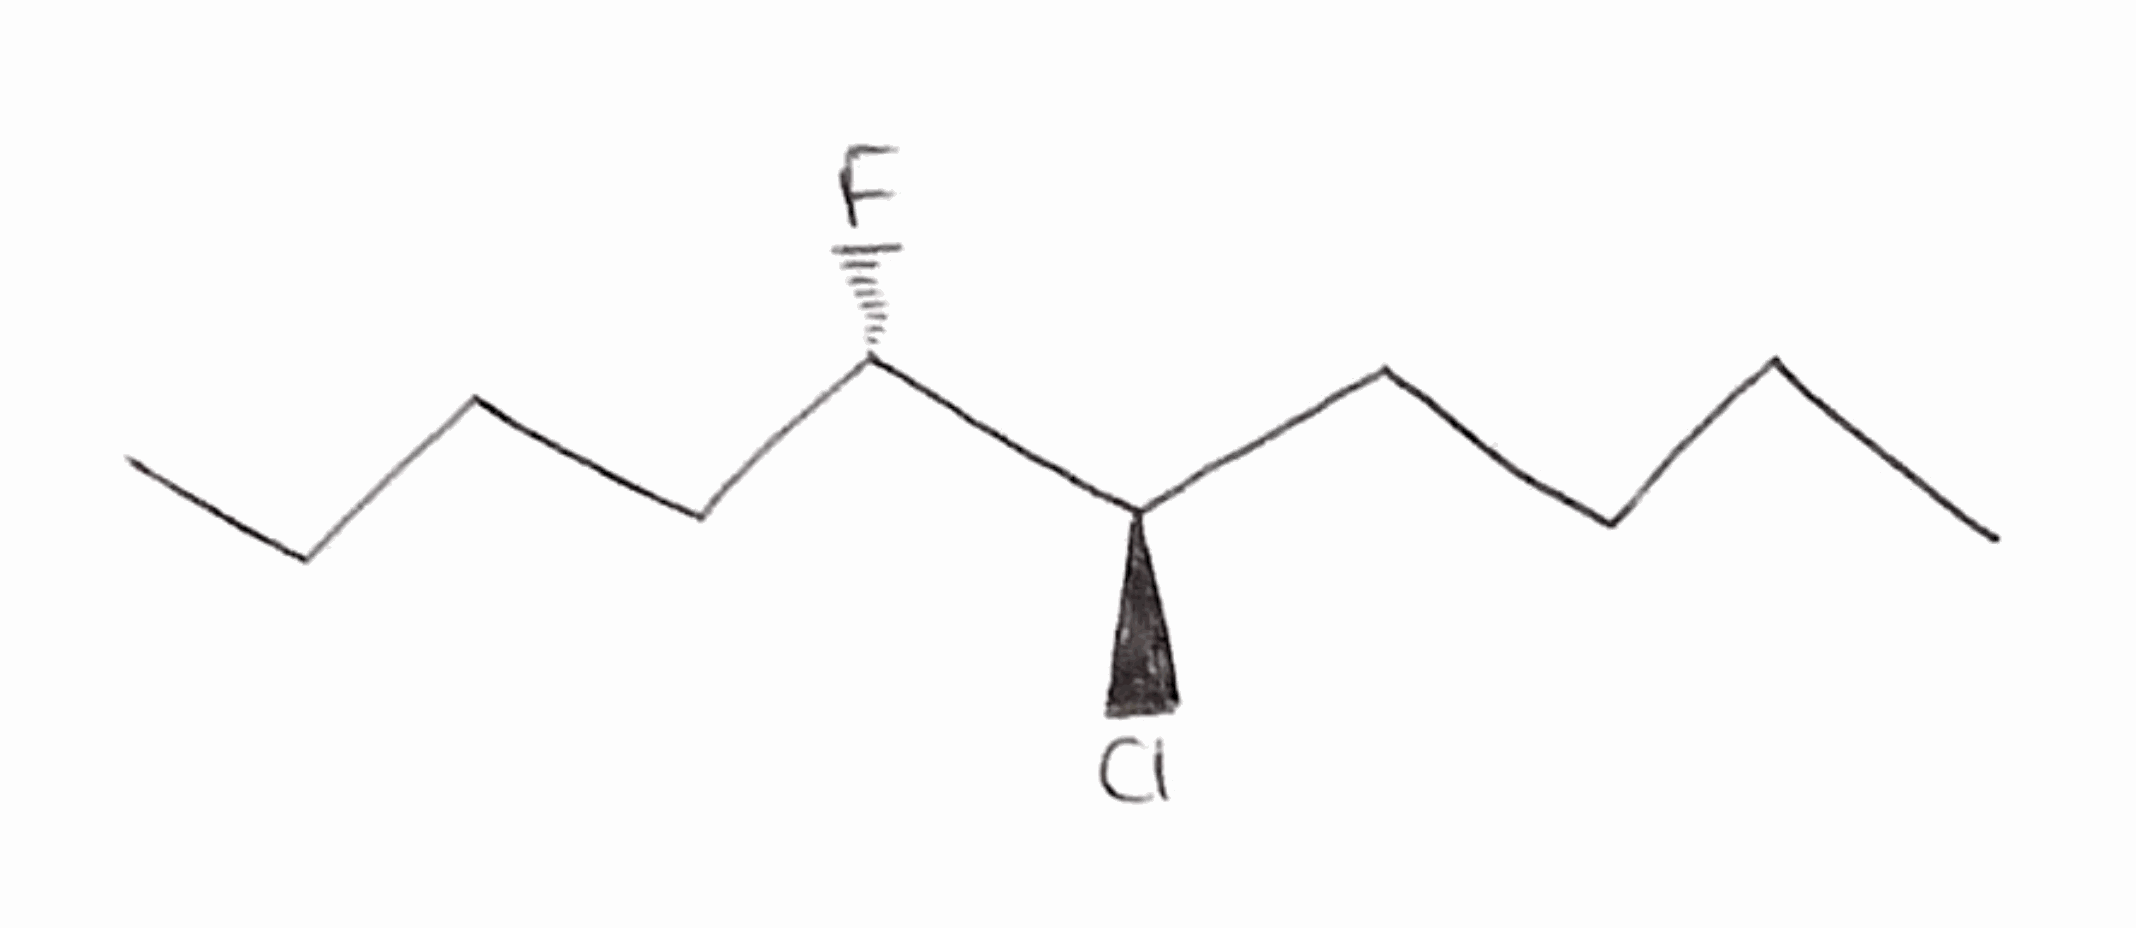
Simplified molecular-input line-entry system (SMILES) notation of the given molecule:
CCCC[C@@H]([C@@H](CCCC)Cl)F